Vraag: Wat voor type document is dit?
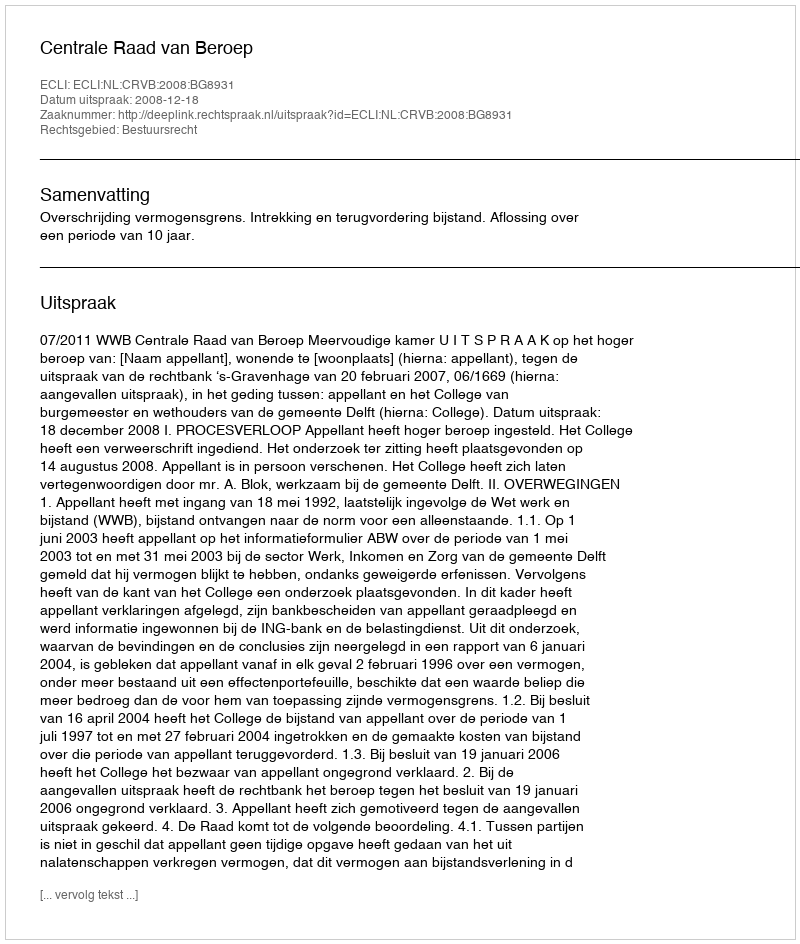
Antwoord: Uitspraak